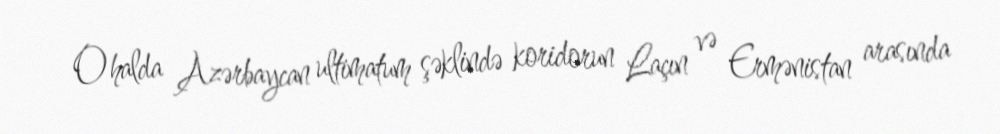
O halda Azərbaycan ultimatum şəklində koridorun Laçın və Ermənistan arasında